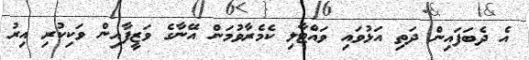
އެ ދެބަފައިން ދަތި އަޅުވައި ވައްޓާލި ކެމެރާވުމަން އޭނާގެ ވަޒީފާއިން ވަކިކުރި އިރު